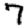
Digit: 7